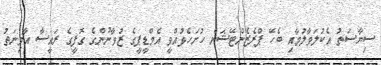
ސިޔާސަތު އެކުލަވާލުމާއި ބެހޭ ޕްރެޒެންޓޭޝަން ހުށަހެޅުއްވީ އެމްޑީޕީގެ ޒުވާނުންގެ ގޮފީގެ ރައީސާ އާމިނަތު